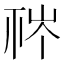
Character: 𥙏